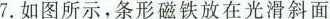
7.如图所示，条形磁铁放在光滑斜面